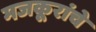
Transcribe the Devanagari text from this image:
मजकूरांचे